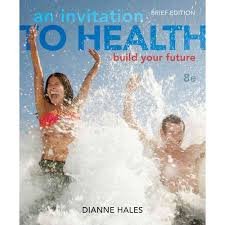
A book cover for Personal Wellness Guide for Hales' An Invitation to Health: Choosing to Change, Brief Edition, 8th; Dianne Hales; Medical Books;